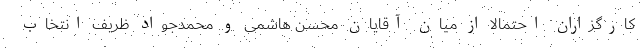
کارگزاران احتمالاً از میان آقایان محسن هاشمی و محمدجواد ظریف انتخاب